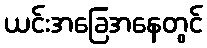
ယင်းအခြေအနေတွင်